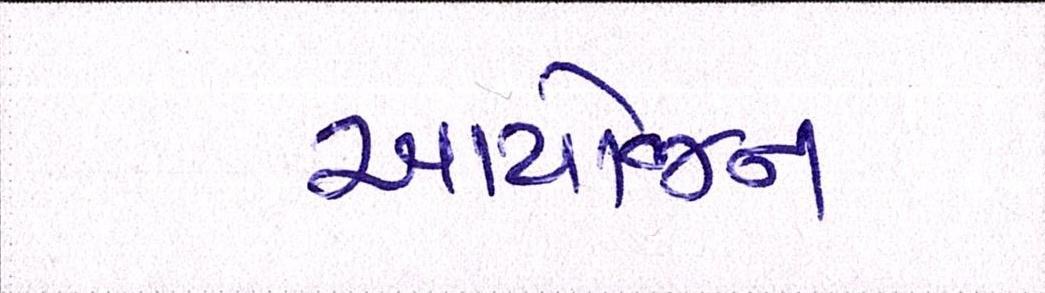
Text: આયોજન